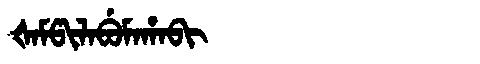
Manchu: ᡧᠠᠮᡦᡳᠯᠠᠪᡠᠮᠠᡥᠠᠪᡳ
Romanization: ŠAMPILABUMAHABI